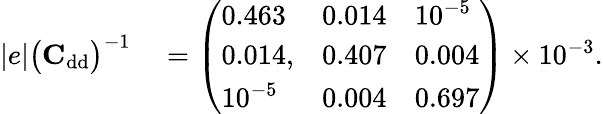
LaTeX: \begin{array}{rl}{|e|\big(\mathrm{\textbf{C}}_{\mathrm{dd}}\big)^{-1}}&{{}=\left(\begin{array}{lll}{0.463}&{0.014}&{10^{-5}}\\ {0.014,}&{0.407}&{0.004}\\ {10^{-5}}&{0.004}&{0.697}\end{array}\right)\times 10^{-3}.}\end{array}